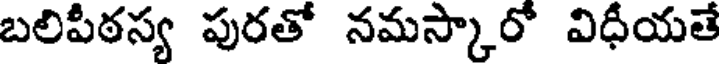
బలిపీఠస్య పురతో నమస్కారో విధీయతే